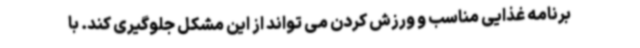
برنامه غذایی مناسب و ورزش کردن می تواند از این مشکل جلوگیری کند. با